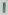
Text: 1